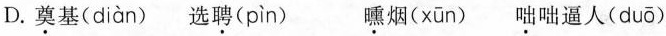
D.奠基（dian） 选聘（pin） 曛烟（xun）咄咄逼人（duo）